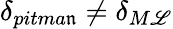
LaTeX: \delta_{pitma\mathfrak{n}}\neq\delta_{M\mathscr{L}}